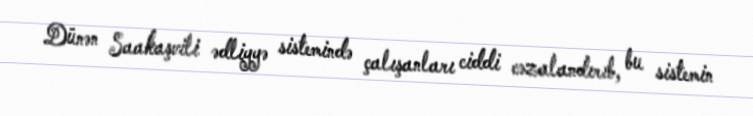
Dünən Saakaşvili ədliyyə sistemində çalışanları ciddi cəzalandırıb, bu sistemin